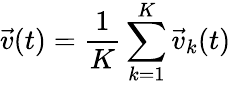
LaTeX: \vec{v}(t)=\frac{1}{K}\sum_{k=1}^{K}\vec{v}_{k}(t)